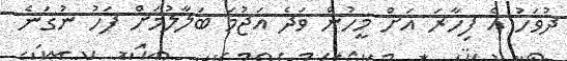
ދުވަހު އެ ފިހާރަ އަށް މީހުން ވަދެ އަޖުމަ ބަލާލުމަށް ފަހު ނުގަނެ